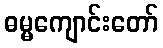
ဓမ္မကျောင်းတော်